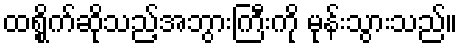
ထရွိုက်ဆိုသည့်အဘွားကြီးကို မုန်းသွားသည်။